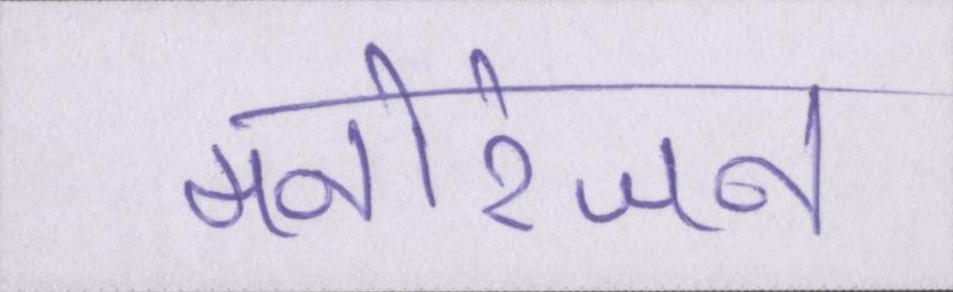
मनोरंजन